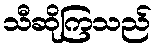
သီဆိုကြသည်